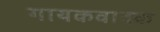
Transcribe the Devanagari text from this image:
गायकवादक